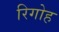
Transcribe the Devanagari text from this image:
रिगोह